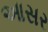
આસર